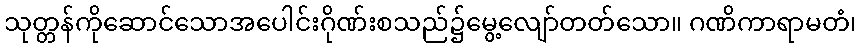
သုတ္တန်ကိုဆောင်သောအပေါင်းဂိုဏ်းစသည်၌မွေ့လျော်တတ်သော။ ဂဏိကာရာမတံ၊